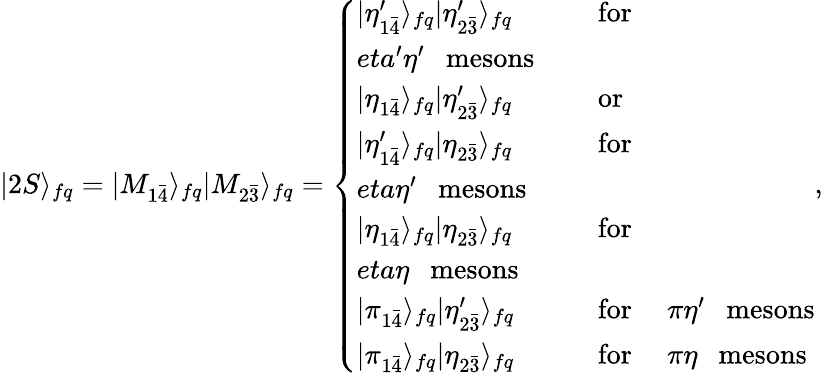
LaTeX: |2S\rangle_{fq}=|M_{1\bar{4}}\rangle_{fq}|M_{2\bar{3}}\rangle_{fq}=\left\{ \begin{array}{ll}{{|\eta_{1\bar{4}}^{\prime}\rangle_{fq}|\eta_{2\bar{3}}^{\prime}\rangle_{fq}}}&{{\ \ \ \ \ \mathrm{for}\ \ \ \ }}\\ {{eta^{\prime}\eta^{\prime}\ \ \ \mathrm{mesons}}}\\ {{|\eta_{1\bar{4}}\rangle_{fq}|\eta_{2\bar{3}}^{\prime}\rangle_{fq}}}&{{\ \ \ \ \ \mathrm{or}}}\\ {{|\eta_{1\bar{4}}^{\prime}\rangle_{fq}|\eta_{2\bar{3}}\rangle_{fq}}}&{{\ \ \ \ \ \mathrm{for}\ \ \ \ }}\\ {{eta\eta^{\prime}\ \ \ \mathrm{mesons}}}\\ {{|\eta_{1\bar{4}}\rangle_{fq}|\eta_{2\bar{3}}\rangle_{fq}}}&{{\ \ \ \ \ \mathrm{for}\ \ \ \ }}\\ {{eta\eta\ \ \ \mathrm{mesons}}}\\ {{|\pi_{1\bar{4}}\rangle_{fq}|\eta_{2\bar{3}}^{\prime}\rangle_{fq}}}&{{\ \ \ \ \ \mathrm{for}\ \ \ \ \ \pi\eta^{\prime}\ \ \ \mathrm{mesons}}}\\ {{|\pi_{1\bar{4}}\rangle_{fq}|\eta_{2\bar{3}}\rangle_{fq}}}&{{\ \ \ \ \ \mathrm{for}\ \ \ \ \ \pi\eta\ \ \ \mathrm{mesons}}}\end{array}\right.,